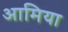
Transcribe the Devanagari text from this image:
आमिया